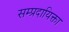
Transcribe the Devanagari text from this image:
सम्प्रदायिक्ता